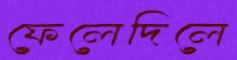
ফেলেদিলে